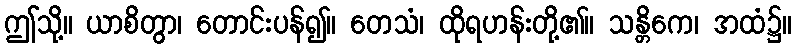
ဤသို့။ ယာစိတွာ၊ တောင်းပန်၍။ တေသံ၊ ထိုရဟန်းတို့၏။ သန္တိကေ၊ အထံ၌။